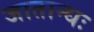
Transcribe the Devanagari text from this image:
जातान्धः